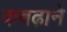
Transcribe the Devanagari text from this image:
कबढ़ाने